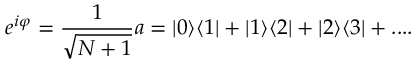
e ^ { i \varphi } = \frac { 1 } { \sqrt { N + 1 } } a = | 0 \rangle \langle 1 | + | 1 \rangle \langle 2 | + | 2 \rangle \langle 3 | + . . . .